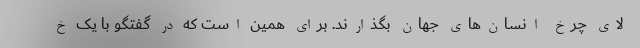
لای چرخ انسان‌های جهان بگذارند. برای همین است که در گفتگو با یک خ